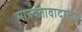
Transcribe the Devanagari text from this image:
मानवतावादाला